Civil Veterinary Dept. North-West Frontier Province 1901-22 - 1901-1922
Year: 1901
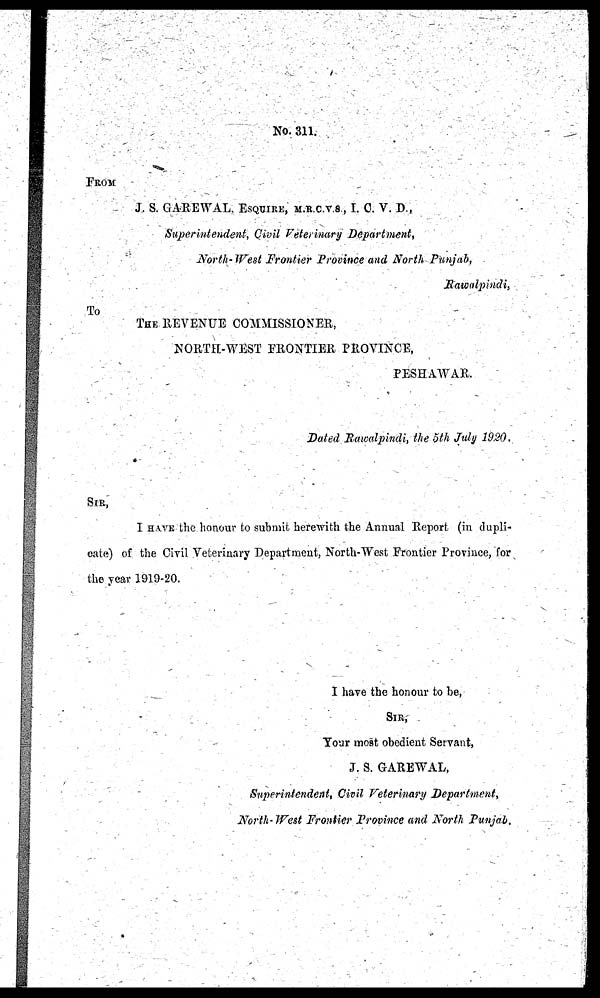
No. 311.
FROM
J. S. GAREWAL, ESQUIRE, M.R.C.V.S., I. C. V. D.,
Superintendent, Civil Veterinary Department,
North-West Frontier Province and North Punjab,
Rawalpindi,
To
THE REVENUE COMMISSIONER,
NORTH-WEST FRONTIER PROVINCE,
PESHAWAR.
Dated Rawalpindi, the 5th July 1920.
SIR,
I HAVE the honour to submit herewith the Annual Report (in dupli-
cate) of the Civil Veterinary Department, North-West Frontier Province, for
the year 1919-20.
I have the honour to be,
SIR,
Your most obedient Servant,
J. S. GAREWAL,
Superintendent, Civil Veterinary Department,
North-West Frontier Province and North Punjab.